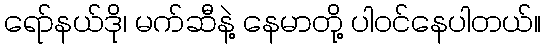
ရော်နယ်ဒို၊ မက်ဆီနဲ့ နေမာတို့ ပါဝင်နေပါတယ်။